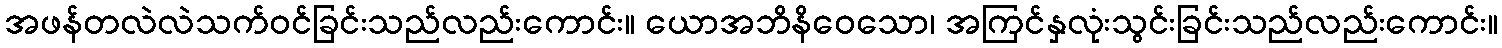
အဖန်တလဲလဲသက်ဝင်ခြင်းသည်လည်းကောင်း။ ယောအဘိနိဝေသော၊ အကြင်နှလုံးသွင်းခြင်းသည်လည်းကောင်း။